Madras plague regulations in force outside the Presidency town - Volume 3
Disease focus: Plague
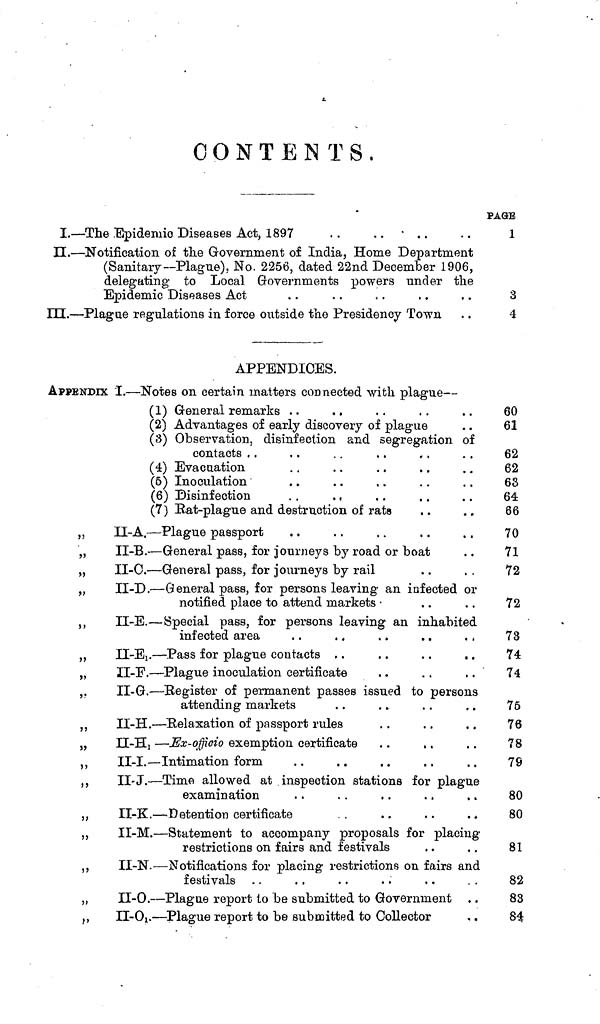
CONTENTS.
1.
n.-
m.-
— The Epidemic Diseases Act, 1897
. .
. . • . .
— Notification of the Government of India, Home Department
(Sanitary— Plague). No. 2256, dated 22nd December 1906,
delegating to Local Governments powers under the
Epidemic Diseases Act
—Plague regulations in force outside the Presidency Town
PAGE
1
3
4
APPENDIOES.
APPENDIX
"
"
"
"
, •
"
"
"
"
I. — Notes on certain matters connected with plague
(1) General remarks ..
(2) Advantages of early discovery of plague
(3) Observation, disinfection and segregation of
(4) Evacuation
(6) Inoculation
(6) Disinfection
(7)Rat-plague and destruction of rats
II-A. — Plague passport
II-B. — General pass, for journeys by road or boat
II-C. — General pass, for journeys by rail
II-D. — General pass, for persons leaving an infected or
notified place to attend markets •
II-E. — Special pass, for persons leaving an inhabited
infected area
II-E1.. — Pass for plague contacts . .
II-F. — Plague inoculation certificate
II-G. — Register of permanent passes issued to persons
attending markets
II-H. — Relaxation of passport rules
H-H1 — Ex-offioio exemption certificate
II-I. — Intimation form
II-J. — Time allowed at inspection stations for plague
examination
II-K. — Detention certificate
II-M. — Statement to accompany proposals for placing
restrictions on fairs and festivals
II-N. — Notifications for placing restrictions on fairs and
festivals
II-O. — Plague report to be submitted to Government
II-O1. — Plague report to be submitted to Collector
60
61
62
62
63
64
66
70
71
72
72
73
74
74
75
76
78
79
80
80
81
82
83
84